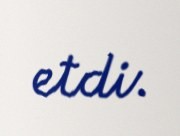
etdi.